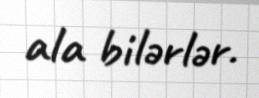
ala bilərlər.